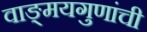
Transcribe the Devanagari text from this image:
वाङ्‌मयगुणांची